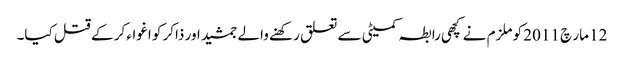
12 مار چ 2011 کو ملزم نے کچھی رابطہ کمیٹی سے تعلق رکھنے والے جمشید اور ذاکر کو اغواء کر کے قتل کیا۔